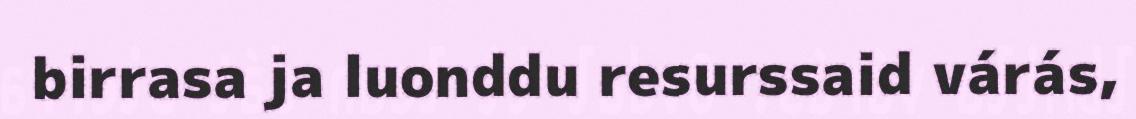
birrasa ja luonddu resurssaid várás,